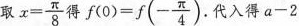
取 $$x= \frac{\pi}{8}$$ 得$$f(0)=f(- \frac{\pi}{4}$$ . 代入得$$a-2$$